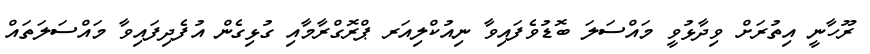
ރޫހާނީ އިތުރަށް ވިދާޅުވީ މައްސަލަ ބޮޑުވެފައިވާ ނިއުކްލިއަރ ޕްރޮގްރާމާއި ގުޅިގެން އުފެދިފައިވާ މައްސަލަތައް